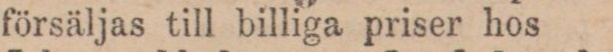
försäljas till billiga priser hos